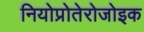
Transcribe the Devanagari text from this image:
नियोप्रोतेरोजोइक